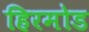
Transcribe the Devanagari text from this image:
हिरमोड